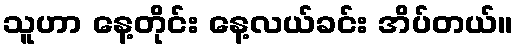
သူဟာ နေ့တိုင်း နေ့လယ်ခင်း အိပ်တယ်။